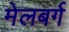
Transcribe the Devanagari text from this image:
मेलबर्ग